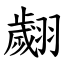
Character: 翽